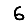
Digit: 6